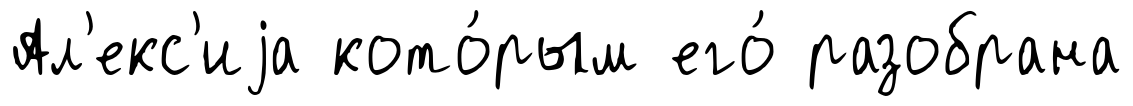
Ал'екс'иjа кото́рым его́ разобрана